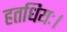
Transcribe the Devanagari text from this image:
हतधियः।